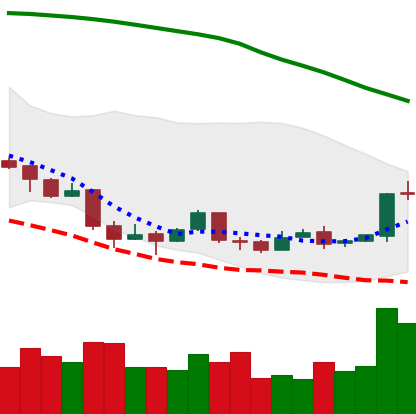
Ticker: BTC-USD
Chart end date: 2018-04-13
Forward return: 3.387%
Label: up_3_5